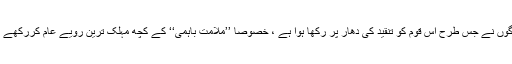
اپنی دانشوری کے جوہر دکھانے کے لیے ان لوگوں نے جس طرح اِس قوم کو تنقید کی دھار پر رکھا ہوا ہے ، خصوصاً ’’ملامتِ باہمی‘‘ کے کچھ مہلک ترین رویے عام کررکھے ہیں، اس سے قوم کے اعصاب شل ہونے کو ہیں۔